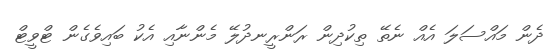
ދެން މައްސަލަ އެއް ނެތޭ ތިކުދިން ރަންރީނދުލޭ މެންނާއި އެކު ބައިވެގެން ޓްވީޓް